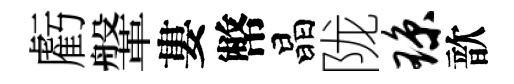
虧鞶婁幣晶陇琼歆